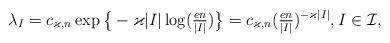
LaTeX: \begin{align*}\lambda_I=c_{\varkappa,n} \exp\big\{-\varkappa|I| \log (\tfrac{en}{|I|})\big\} = c_{\varkappa,n}(\tfrac{en}{|I|})^{-\varkappa |I|}, I \in\mathcal{I},\end{align*}